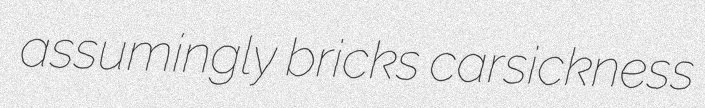
assumingly bricks carsickness